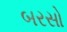
બરસો